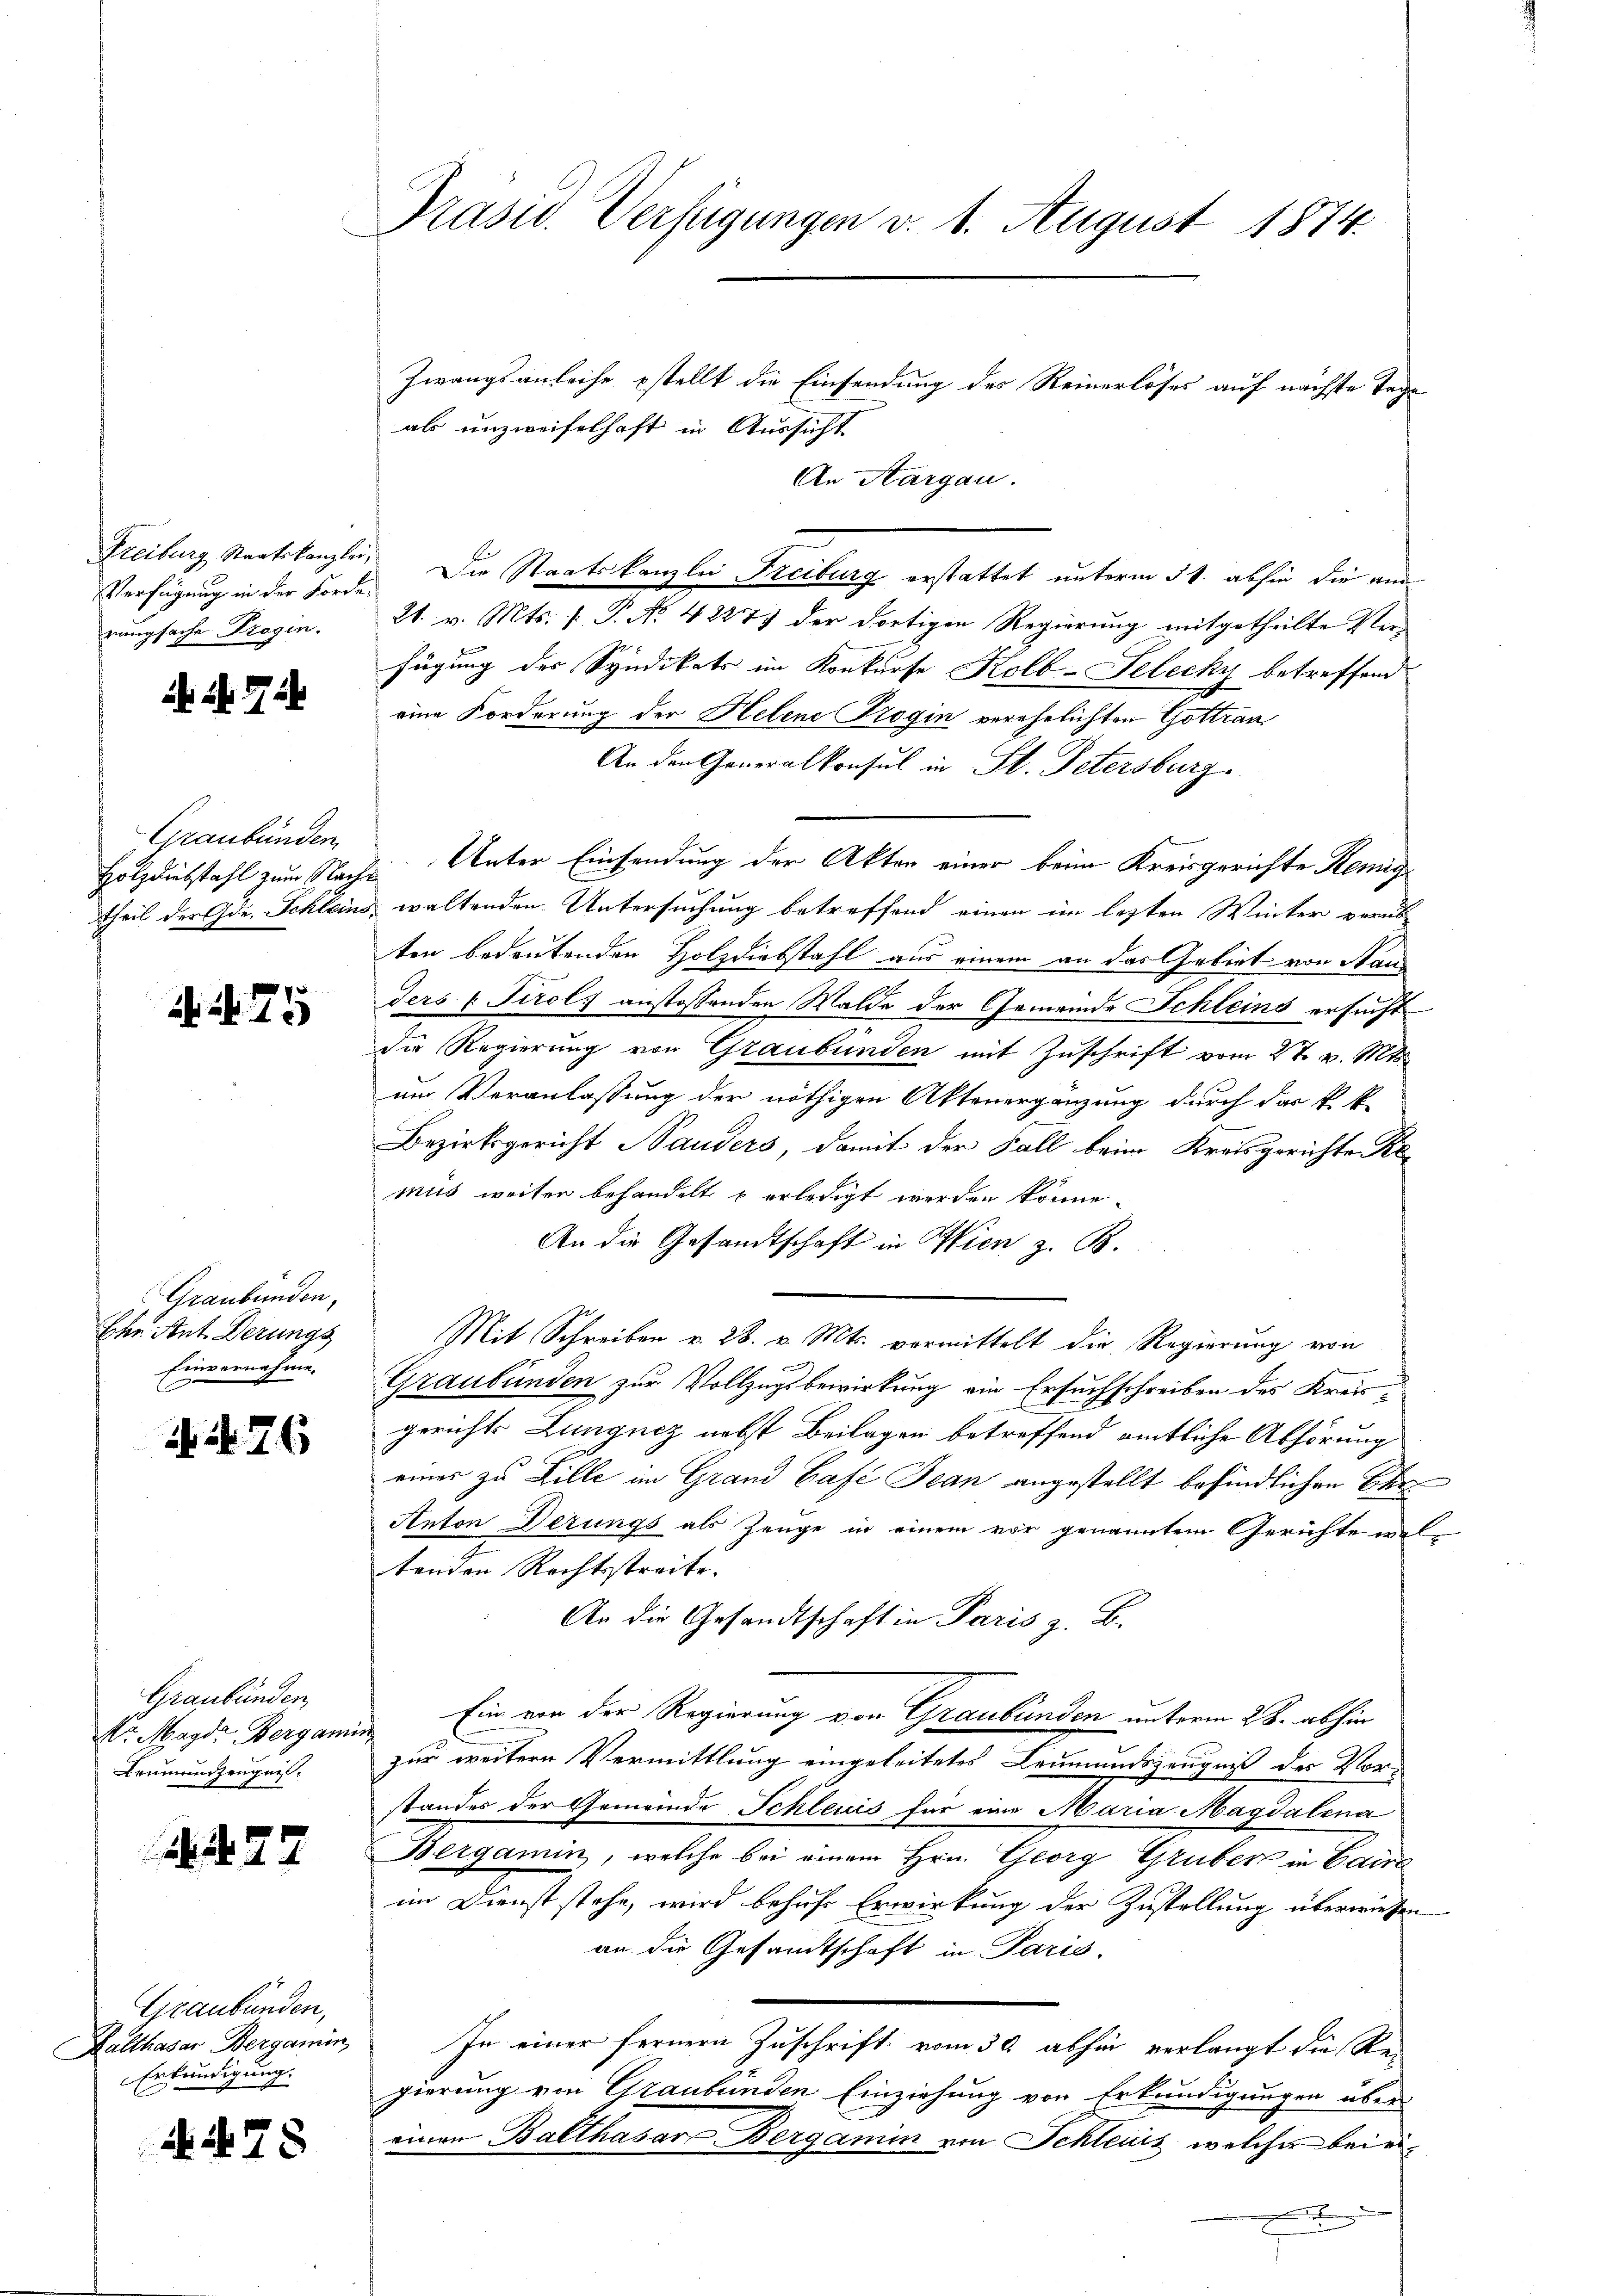
Freiburg Staatskanzler
Verfügung in der Forderungsache Liegen.

Graubünden
Holzdiebstahl zum Nachtheil der Gde. Schleins.

. Nr. 75

Graubünden,
Ehre Ant. Derungs
Einvernahme.

N 26

Graubünden,
Mr. Magde Berganis
Brunnenzeugen.

N. 27

Graubünden,
Kalthasar Bergamin,
Erkundigung.

478

Präsid. Verfügungen v. 1. August 1874.

Zwangsanleihe stellt die Einsendung des Reinerlöses auf nächste Tage
als unzweifelhaft in Aussicht
An Aargau.
Die Staatskanzlei Freiburg erstattet unterm 5t. abhin die am
21. v. Mts. f. P. No. 4227 der dortigen Regierung mitgetheilte Verfügung des Syndikats im Konkurse Kolb-Telecky betreffend
eine Forderung der Helene Trogin verehelichten Gottran
An den Generalkonsul in St. Petersburg
Unter Einsendung der Akten einer beim Kreisgerichte Remig¬
 waltenden Untersuchung betreffend einen im letzten Winter verüb
ten bedeutenden Holzdiebstahl aus einem an das Gebiet von Standers ( Tirols anstossenden Walde der Gemeinde Schleins ersucht
der Regierung von Graubünden mit Zuschrift vom 27. v. Mts.
um Veranlassung der nöthigen Aktenergänzung durch das k. k.
Bezirksgericht Sauders, damit der Fall beim Kreisgerichte Kl
mus weiter behandelt u erledigt werden könne.
An die Gesandtschaft in Wien z. B.
Mit Schreiben v. 28. v. Mts. vermittelt die Regierung von
Graubünden zur Vollzugsbewirkung ein Ersuchschreiben des Kreisgerichts Lungnez nebst Beilagen betreffend amtliche Abhörung
eines zu Zille im Grand Café Jean angestellt befindlichen Eben
Anton Derungs als Zeuge in einem vor genanntem Gerichte weltenden Rechtstreite. |
An die Gesandtschaft in Paris z. B.
Ein von der Regierung von Graubünden unterm 28. abhin
zur weitern Vermittlung eingeleitetes Leumundszeugniß der Vorstander der Gemeinde Schleuis für eine Maria Magdalena
Bergamin, welche bei einem Hrn. Georg Gruber in Caira
im Dienst stehe, wird behufe Erwirkung der Zustellung überwiesen
an die Gesandtschaft in Paris
In einer fernern Zuschrift vom 30. abhin verlangt die Re-
gierung von Graubünden Einziehung von Erkundigungen über
einen Balthasar Bergamin von Schleus, welcher beiei
e